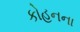
કોહનના